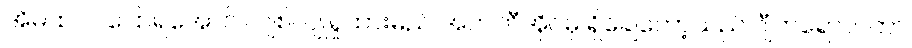
အိမ်ထဲဝင်ပြောရအောင် လျစ်လျူရှုထားမည် အက်ဘီအိုင်မှ ရှိချေတော့သည် ဂျီဘရော်လ်တာ